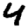
Digit: 4